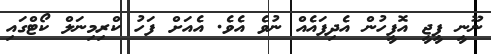
ނޫނީ ޕީޖީ އޮފީހުން އެދިފައެއް ނުވެ އެވެ. އެއަށް ފަހު ކްރިމިނަލް ކޯޓްގައި